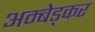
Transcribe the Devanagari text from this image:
अम्बेड्कर